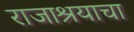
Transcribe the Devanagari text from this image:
राजाश्रयाचा